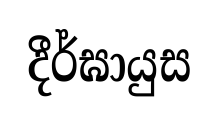
දීර්ඝායුස